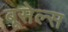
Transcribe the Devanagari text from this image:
बूसेल्स